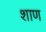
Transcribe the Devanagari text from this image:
शाण